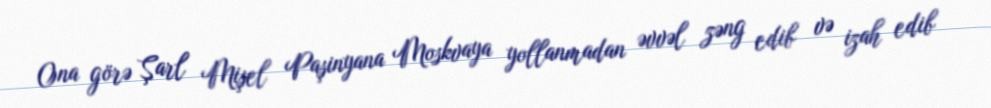
Ona görə Şarl Mişel Paşinyana Moskvaya yollanmadan əvvəl zəng edib və izah edib